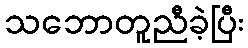
သဘောတူညီခဲ့ပြီး